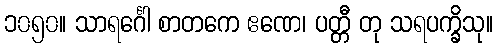
၁၀၅၀။ သာရင်္ဂေါ စာတကေ ဧဏေ၊ ပတ္တီ တု သရပက္ခိသု။